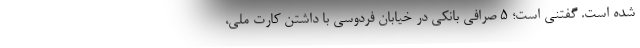
شده است. گفتنی است؛ ۵ صرافی بانکی در خیابان فردوسی با داشتن کارت ملی،